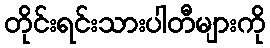
တိုင်းရင်းသားပါတီများကို